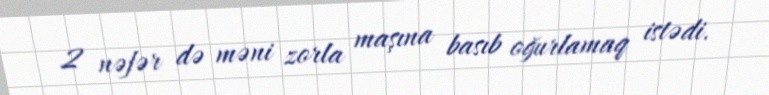
2 nəfər də məni zorla maşına basıb oğurlamaq istədi.